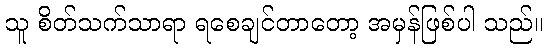
သူ စိတ်သက်သာရာ ရစေချင်တာတော့ အမှန်ဖြစ်ပါ သည်။